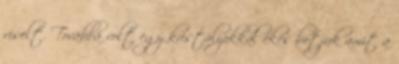
viselt. Továbbá volt egy kristályokkal ékes botjuk amit a